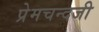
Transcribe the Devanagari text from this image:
प्रेमचन्दजी